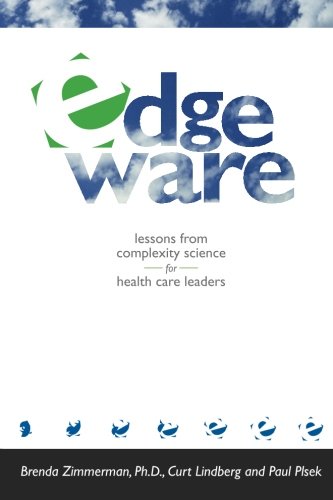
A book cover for Edgeware: Lessons from Complexity Science for Health Care Leaders; Brenda Zimmerman; Science & Math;